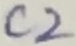
Text: C2